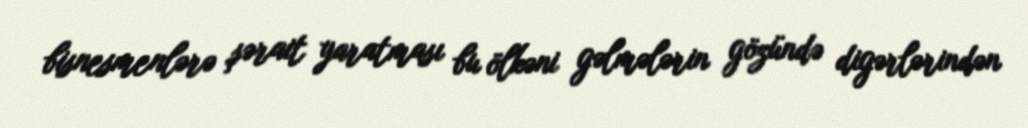
bisnesmenlərə şərait yaratması bu ölkəni gəlmələrin gözündə digərlərindən